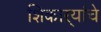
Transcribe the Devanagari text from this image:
शिकाऱ्यांचे